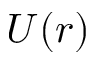
U ( r )